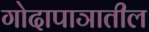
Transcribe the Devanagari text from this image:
गोदापाञातील